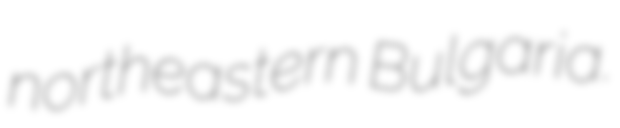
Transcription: northeastern Bulgaria.